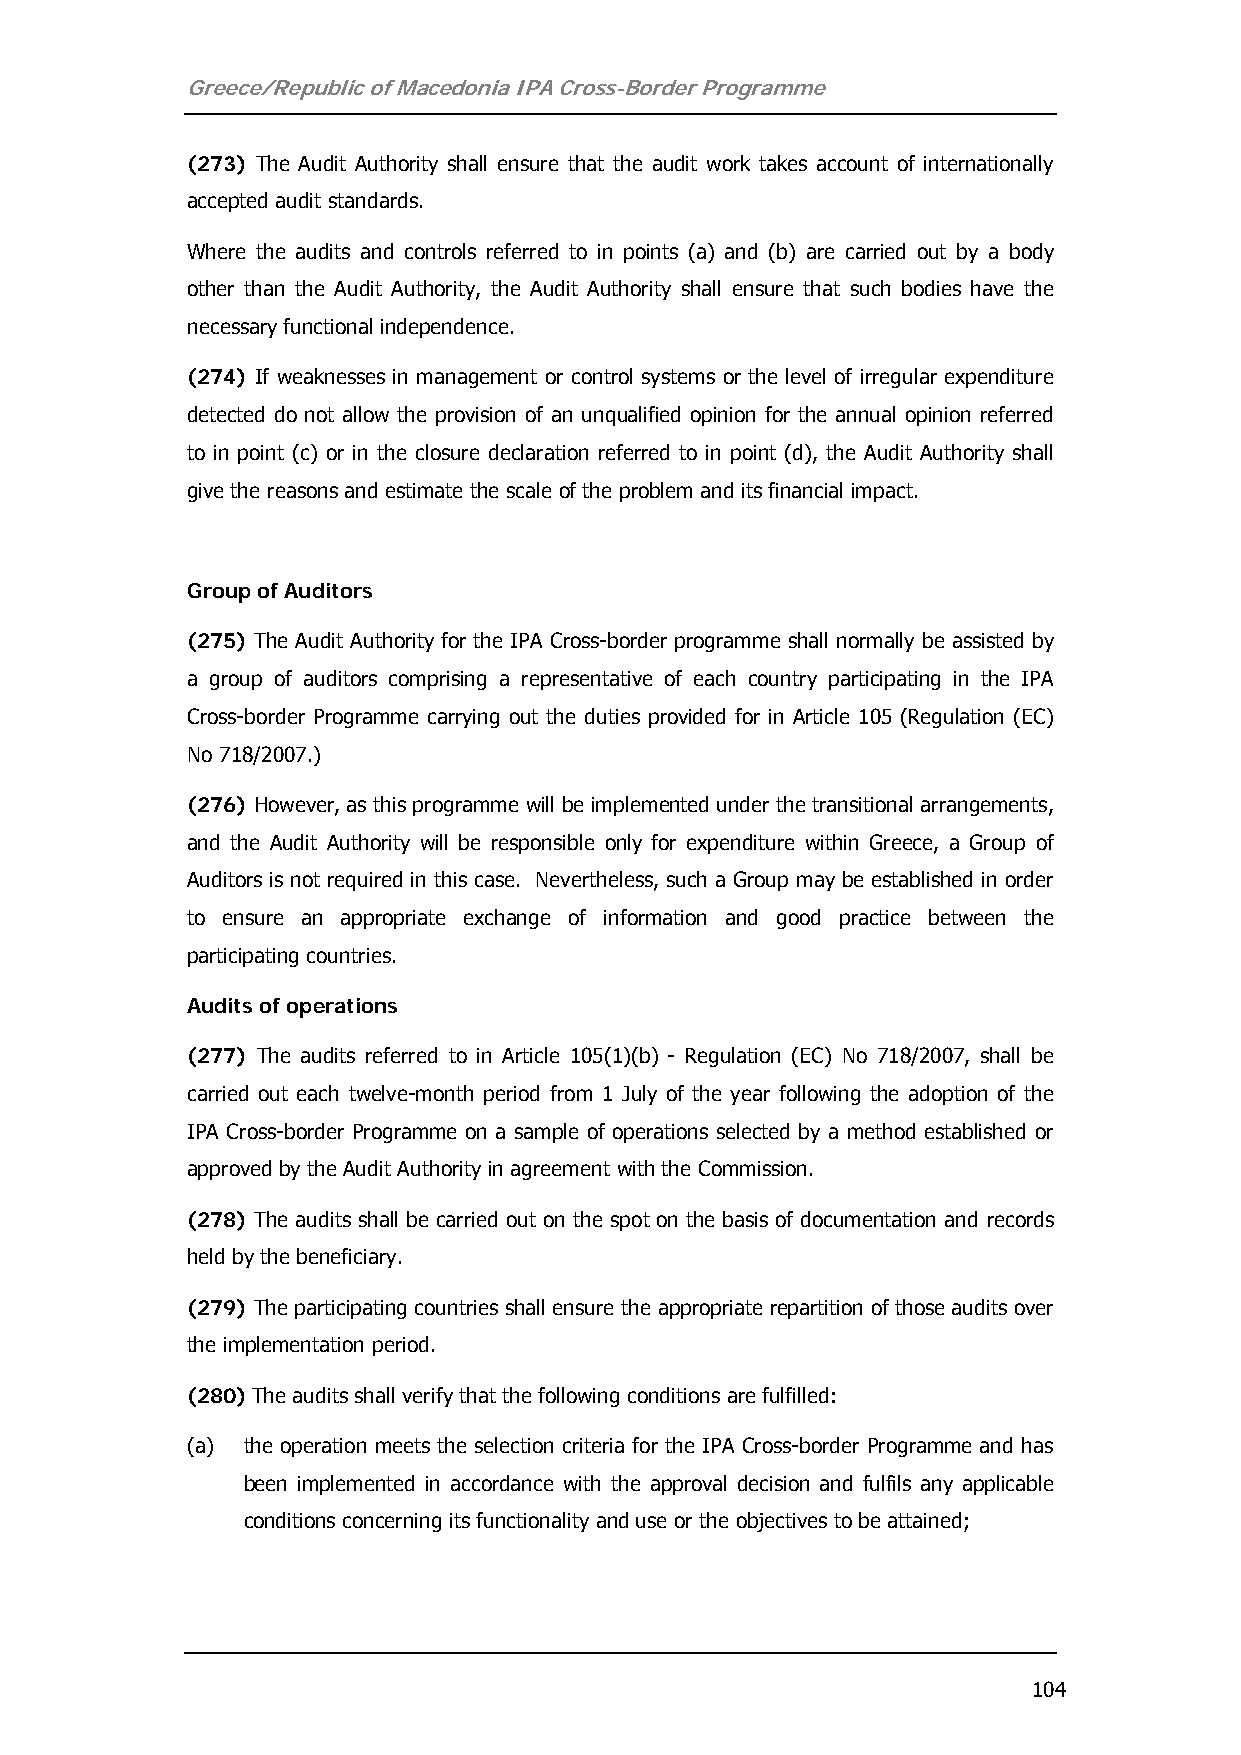
Greece/Republic of Macedonia IPA Cross-Border Programme
 (273) The Audit Authority shall ensure that the audit work takes account of internationally
 accepted audit standards.
 Where the audits and controls referred to in points (a) and (b) are carried out by a body
 other than the Audit Authority, the Audit Authority shall ensure that such bodies have the
 necessary functional independence.
 (274) If weaknesses in management or control systems or the level of irregular expenditure
 detected do not allow the provision of an unqualified opinion for the annual opinion referred
 to in point (c) or in the closure declaration referred to in point (d), the Audit Authority shall
 give the reasons and estimate the scale of the problem and its financial impact.
 Group of Auditors
 (275) The Audit Authority for the IPA Cross-border programme shall normally be assisted by
 a group of auditors comprising a representative of each country participating in the IPA
 Cross-border Programme carrying out the duties provided for in Article 105 (Regulation (EC)
 No 718/2007.)
 (276) However, as this programme will be implemented under the transitional arrangements,
 and the Audit Authority will be responsible only for expenditure within Greece, a Group of
 Auditors is not required in this case. Nevertheless, such a Group may be established in order
 to ensure an appropriate exchange of information and good practice between the
 participating countries.
 Audits of operations
 (277) The audits referred to in Article 105(1)(b) - Regulation (EC) No 718/2007, shall be
 carried out each twelve-month period from 1 July of the year following the adoption of the
 IPA Cross-border Programme on a sample of operations selected by a method established or
 approved by the Audit Authority in agreement with the Commission.
 (278) The audits shall be carried out on the spot on the basis of documentation and records
 held by the beneficiary.
 (279) The participating countries shall ensure the appropriate repartition of those audits over
 the implementation period.
 (280) The audits shall verify that the following conditions are fulfilled:
 (a) the operation meets the selection criteria for the IPA Cross-border Programme and has
 been implemented in accordance with the approval decision and fulfils any applicable
 conditions concerning its functionality and use or the objectives to be attained;
 104